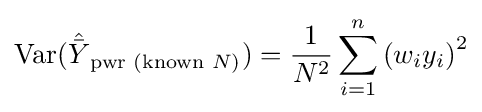
\operatorname {Var} ({\hat {\bar {Y}}}_{{\text{pwr (known }}N{\text{)}}})={\frac {1}{N^{2}}}\sum _{i=1}^{n}\left(w_{i}y_{i}\right)^{2}